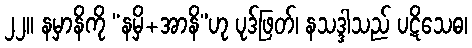
၂၂။ နမှာနိကို “နမှိ+အာနိ”ဟု ပုဒ်ဖြတ်၊ နသဒ္ဒါသည် ပဋိသေဓ၊